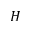
H